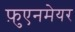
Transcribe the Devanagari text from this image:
फ़ुएनमेयर